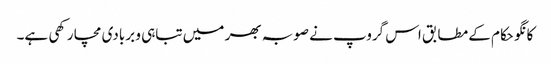
کانگو حکام کے مطابق اس گروپ نے صوبہ بھر میں تباہی و بربادی مچا رکھی ہے۔